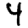
Digit: 4